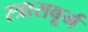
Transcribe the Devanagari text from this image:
स्त्रासबूर्ग